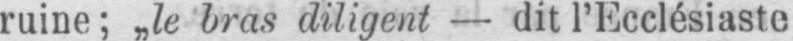
ruine; „le bras diligent - dit l’Ecclésiaste